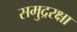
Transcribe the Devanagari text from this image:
समुद्ररक्षा